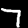
Label: 7